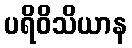
ပရိဝိသိယာန